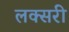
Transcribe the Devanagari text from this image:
लक्सरी